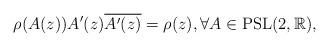
LaTeX: \begin{align*}\rho(A(z)) A'(z)\overline{A'(z)} = \rho(z), \forall A\in {\rm PSL}(2,\mathbb{R}),\end{align*}